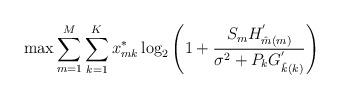
LaTeX: \begin{align*}&\max \sum_{m=1}^{M} \sum_{k=1}^{K}x^*_{mk}\log_2\left(1+\frac{{S_{m}}H^{'}_{\hat{m}(m)}}{\sigma^2+{P_{k}}G^{'}_{\hat{k}(k)}}\right)\end{align*}